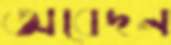
অবেদন